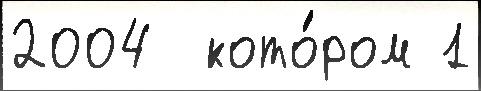
2004  кото́ром 1